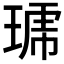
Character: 𱯊